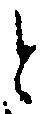
と